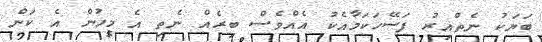
ބަޔަކު ނެތްއިރު ފަސޭހަކަމާއެކު އެއްވެސް ބިރެއް ނެތި އެ މީހުން އެ ކަން